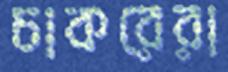
চাকরেরা